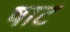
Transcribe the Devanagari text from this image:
षाट